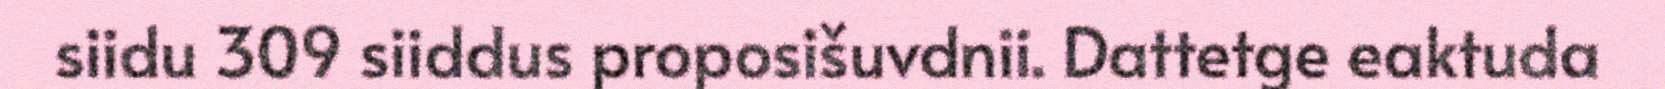
siidu 309 siiddus proposišuvdnii. Dattetge eaktuda